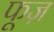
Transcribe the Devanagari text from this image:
फूज़